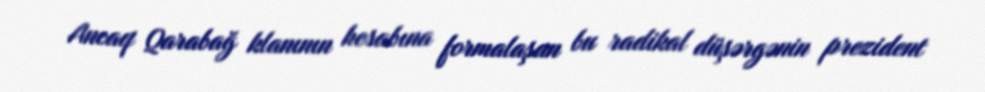
Ancaq Qarabağ klanının hesabına formalaşan bu radikal düşərgənin prezident